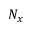
N _ { x }